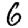
Digit: 6